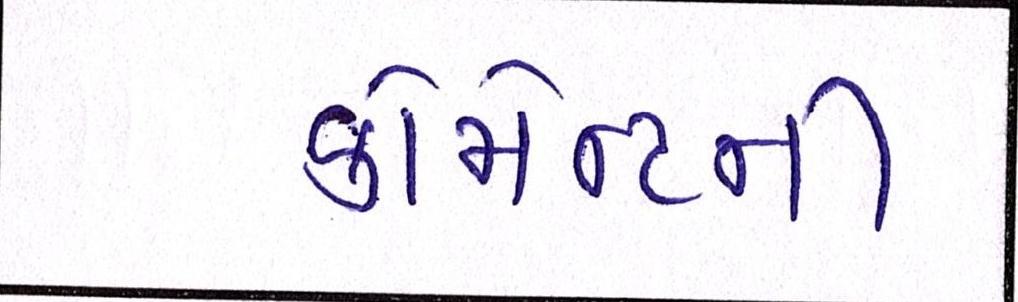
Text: કોમેન્ટની